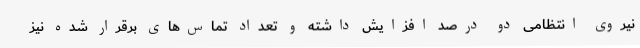
نیروی انتظامی دو درصد افزایش داشته و تعداد تماس‌های برقرار شده نیز